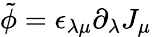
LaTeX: \tilde{\phi}=\epsilon_{\lambda\mu}\partial_{\lambda}J_{\mu}